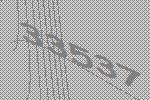
33537